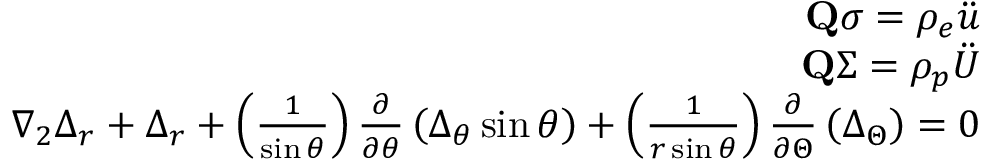
\begin{array} { r } { \mathbf { Q } \boldsymbol { \sigma } = \rho _ { e } \boldsymbol { \Ddot { u } } } \\ { \mathbf { Q } \boldsymbol { \Sigma } = \rho _ { p } \boldsymbol { \Ddot { U } } } \\ { \nabla _ { 2 } \Delta _ { r } + \Delta _ { r } + \left( \frac { 1 } { \sin \theta } \right) \frac { \partial } { \partial \theta } \left( \Delta _ { \theta } \sin \theta \right) + \left( \frac { 1 } { r \sin \theta } \right) \frac { \partial } { \partial \Theta } \left( \Delta _ { \Theta } \right) = 0 } \end{array}